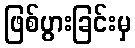
ဖြစ်ပွားခြင်းမှ